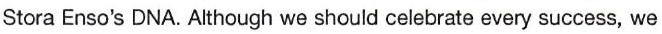
Stora Enso's DNA. Although we should celebrate every success, we